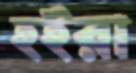
হইরা